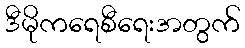
ဒီမိုကရေစီရေးအတွက်